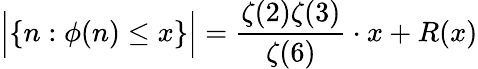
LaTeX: {\Big\vert}\{ n:\phi(n)\leq x\} {\Big\vert}={\frac{\zeta(2)\zeta(3)}{\zeta(6)}}\cdot x+R(x)